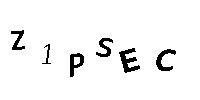
Z1PSEC